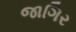
જાગિર